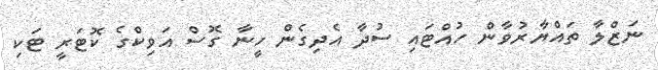
ނަޒްލާ ތައްޔާރުވާން ހުއްޓައި ސުދާ އެދިގެން ހީނާ ގޮސް އަވިކްގެ ކޮޓަރީ ޓަކި